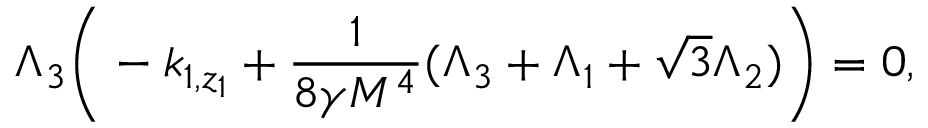
\Lambda _ { 3 } \bigg ( - k _ { 1 , z _ { 1 } } + \frac { 1 } { 8 \gamma M ^ { 4 } } ( \Lambda _ { 3 } + \Lambda _ { 1 } + \sqrt { 3 } \Lambda _ { 2 } ) \bigg ) = 0 ,